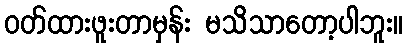
ဝတ်ထားဖူးတာမှန်း မသိသာတော့ပါဘူး။